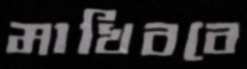
মাখিববে